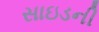
સાઇડની